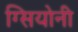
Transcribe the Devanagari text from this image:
ग्सियोनी